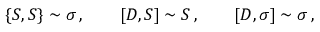
\{ S , S \} \sim \sigma \, , \qquad [ D , S ] \sim S \, , \qquad [ D , \sigma ] \sim \sigma \, ,